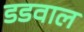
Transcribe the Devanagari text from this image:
डडवाल